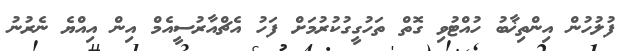
ފުލުހުން އިންތިޚާބު ހުއްޓުވި ގޮތް ތަހުގީގުކުރުމަށް ފަހު އެޗްއާރުސީއެމް އިން އިއްޔެ ނެރުނު